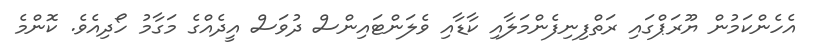
އެހެންކަމުން ޔޫރަޕްގައި ރަތްފިނިފެންމަލާއި ކާޑާއި ވެލަންޓައިންސް ދުވަސް އީދެއްގެ މަގާމު ހޯދިއެވެ. ކޮންމެ